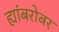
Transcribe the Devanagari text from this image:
ह्यांबरोबर